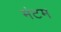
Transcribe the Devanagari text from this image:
मंटम